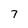
Character: 7